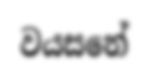
වයසනේ